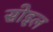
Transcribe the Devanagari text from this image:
सोइल